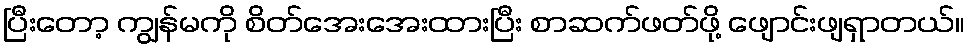
ပြီးတော့ ကျွန်မကို စိတ်အေးအေးထားပြီး စာဆက်ဖတ်ဖို့ ဖျောင်းဖျရှာတယ်။